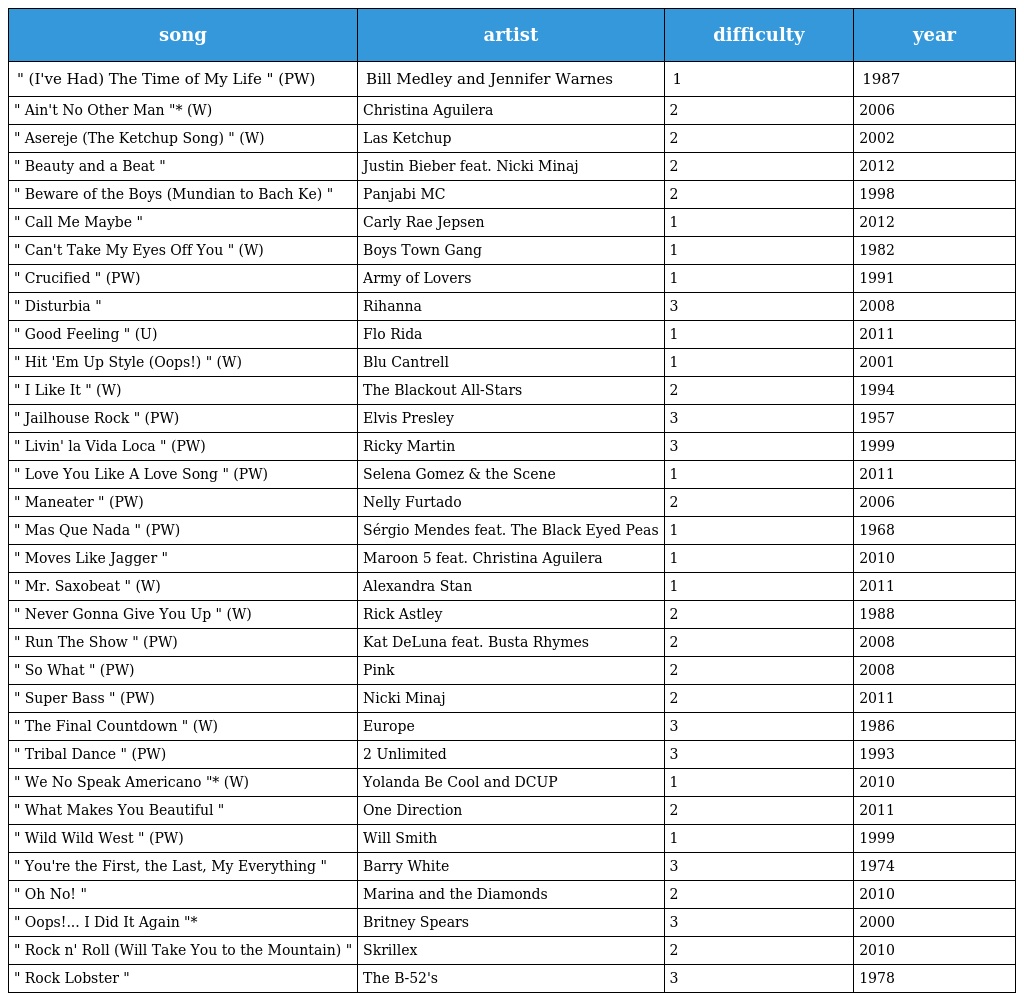
| song | artist | difficulty | year |
 | --- | --- | --- | --- |
 | " (I've Had) The Time of My Life " (PW) | Bill Medley and Jennifer Warnes | 1 | 1987 |
 | " Ain't No Other Man "* (W) | Christina Aguilera | 2 | 2006 |
 | " Asereje (The Ketchup Song) " (W) | Las Ketchup | 2 | 2002 |
 | " Beauty and a Beat " | Justin Bieber feat. Nicki Minaj | 2 | 2012 |
 | " Beware of the Boys (Mundian to Bach Ke) " | Panjabi MC | 2 | 1998 |
 | " Call Me Maybe " | Carly Rae Jepsen | 1 | 2012 |
 | " Can't Take My Eyes Off You " (W) | Boys Town Gang | 1 | 1982 |
 | " Crucified " (PW) | Army of Lovers | 1 | 1991 |
 | " Disturbia " | Rihanna | 3 | 2008 |
 | " Good Feeling " (U) | Flo Rida | 1 | 2011 |
 | " Hit 'Em Up Style (Oops!) " (W) | Blu Cantrell | 1 | 2001 |
 | " I Like It " (W) | The Blackout All-Stars | 2 | 1994 |
 | " Jailhouse Rock " (PW) | Elvis Presley | 3 | 1957 |
 | " Livin' la Vida Loca " (PW) | Ricky Martin | 3 | 1999 |
 | " Love You Like A Love Song " (PW) | Selena Gomez & the Scene | 1 | 2011 |
 | " Maneater " (PW) | Nelly Furtado | 2 | 2006 |
 | " Mas Que Nada " (PW) | Sérgio Mendes feat. The Black Eyed Peas | 1 | 1968 |
 | " Moves Like Jagger " | Maroon 5 feat. Christina Aguilera | 1 | 2010 |
 | " Mr. Saxobeat " (W) | Alexandra Stan | 1 | 2011 |
 | " Never Gonna Give You Up " (W) | Rick Astley | 2 | 1988 |
 | " Run The Show " (PW) | Kat DeLuna feat. Busta Rhymes | 2 | 2008 |
 | " So What " (PW) | Pink | 2 | 2008 |
 | " Super Bass " (PW) | Nicki Minaj | 2 | 2011 |
 | " The Final Countdown " (W) | Europe | 3 | 1986 |
 | " Tribal Dance " (PW) | 2 Unlimited | 3 | 1993 |
 | " We No Speak Americano "* (W) | Yolanda Be Cool and DCUP | 1 | 2010 |
 | " What Makes You Beautiful " | One Direction | 2 | 2011 |
 | " Wild Wild West " (PW) | Will Smith | 1 | 1999 |
 | " You're the First, the Last, My Everything " | Barry White | 3 | 1974 |
 | " Oh No! " | Marina and the Diamonds | 2 | 2010 |
 | " Oops!... I Did It Again "* | Britney Spears | 3 | 2000 |
 | " Rock n' Roll (Will Take You to the Mountain) " | Skrillex | 2 | 2010 |
 | " Rock Lobster " | The B-52's | 3 | 1978 |